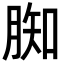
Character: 𦝔